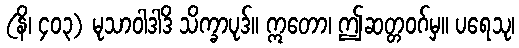
(နိ၊ ၄၀၃) မုသာဝါဒါဒိ သိက္ခာပုဒ်။ ဣတော၊ ဤဆတ္တဝဂ်မှ။ ပရေသု၊